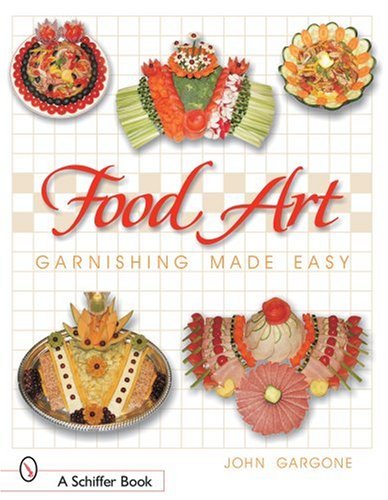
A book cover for Food Art: Garnishing Made Easy; John Gargone; Cookbooks, Food & Wine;